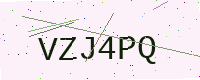
Text: VZJ4PQ